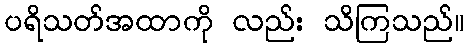
ပရိသတ်အထာကို လည်း သိကြသည်။